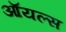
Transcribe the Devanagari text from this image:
ऑयल्स